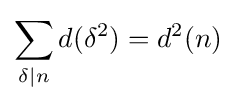
\sum _{\delta \mid n}d(\delta ^{2})=d^{2}(n)